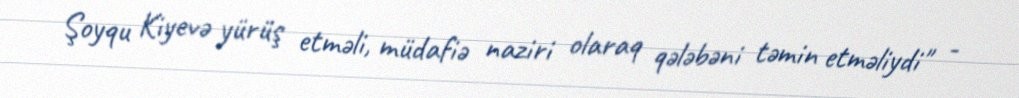
Şoyqu Kiyevə yürüş etməli, müdafiə naziri olaraq qələbəni təmin etməliydi" -